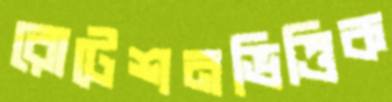
রোটেশনভিত্তিক